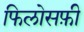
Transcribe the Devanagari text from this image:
फिलोसफ़ी